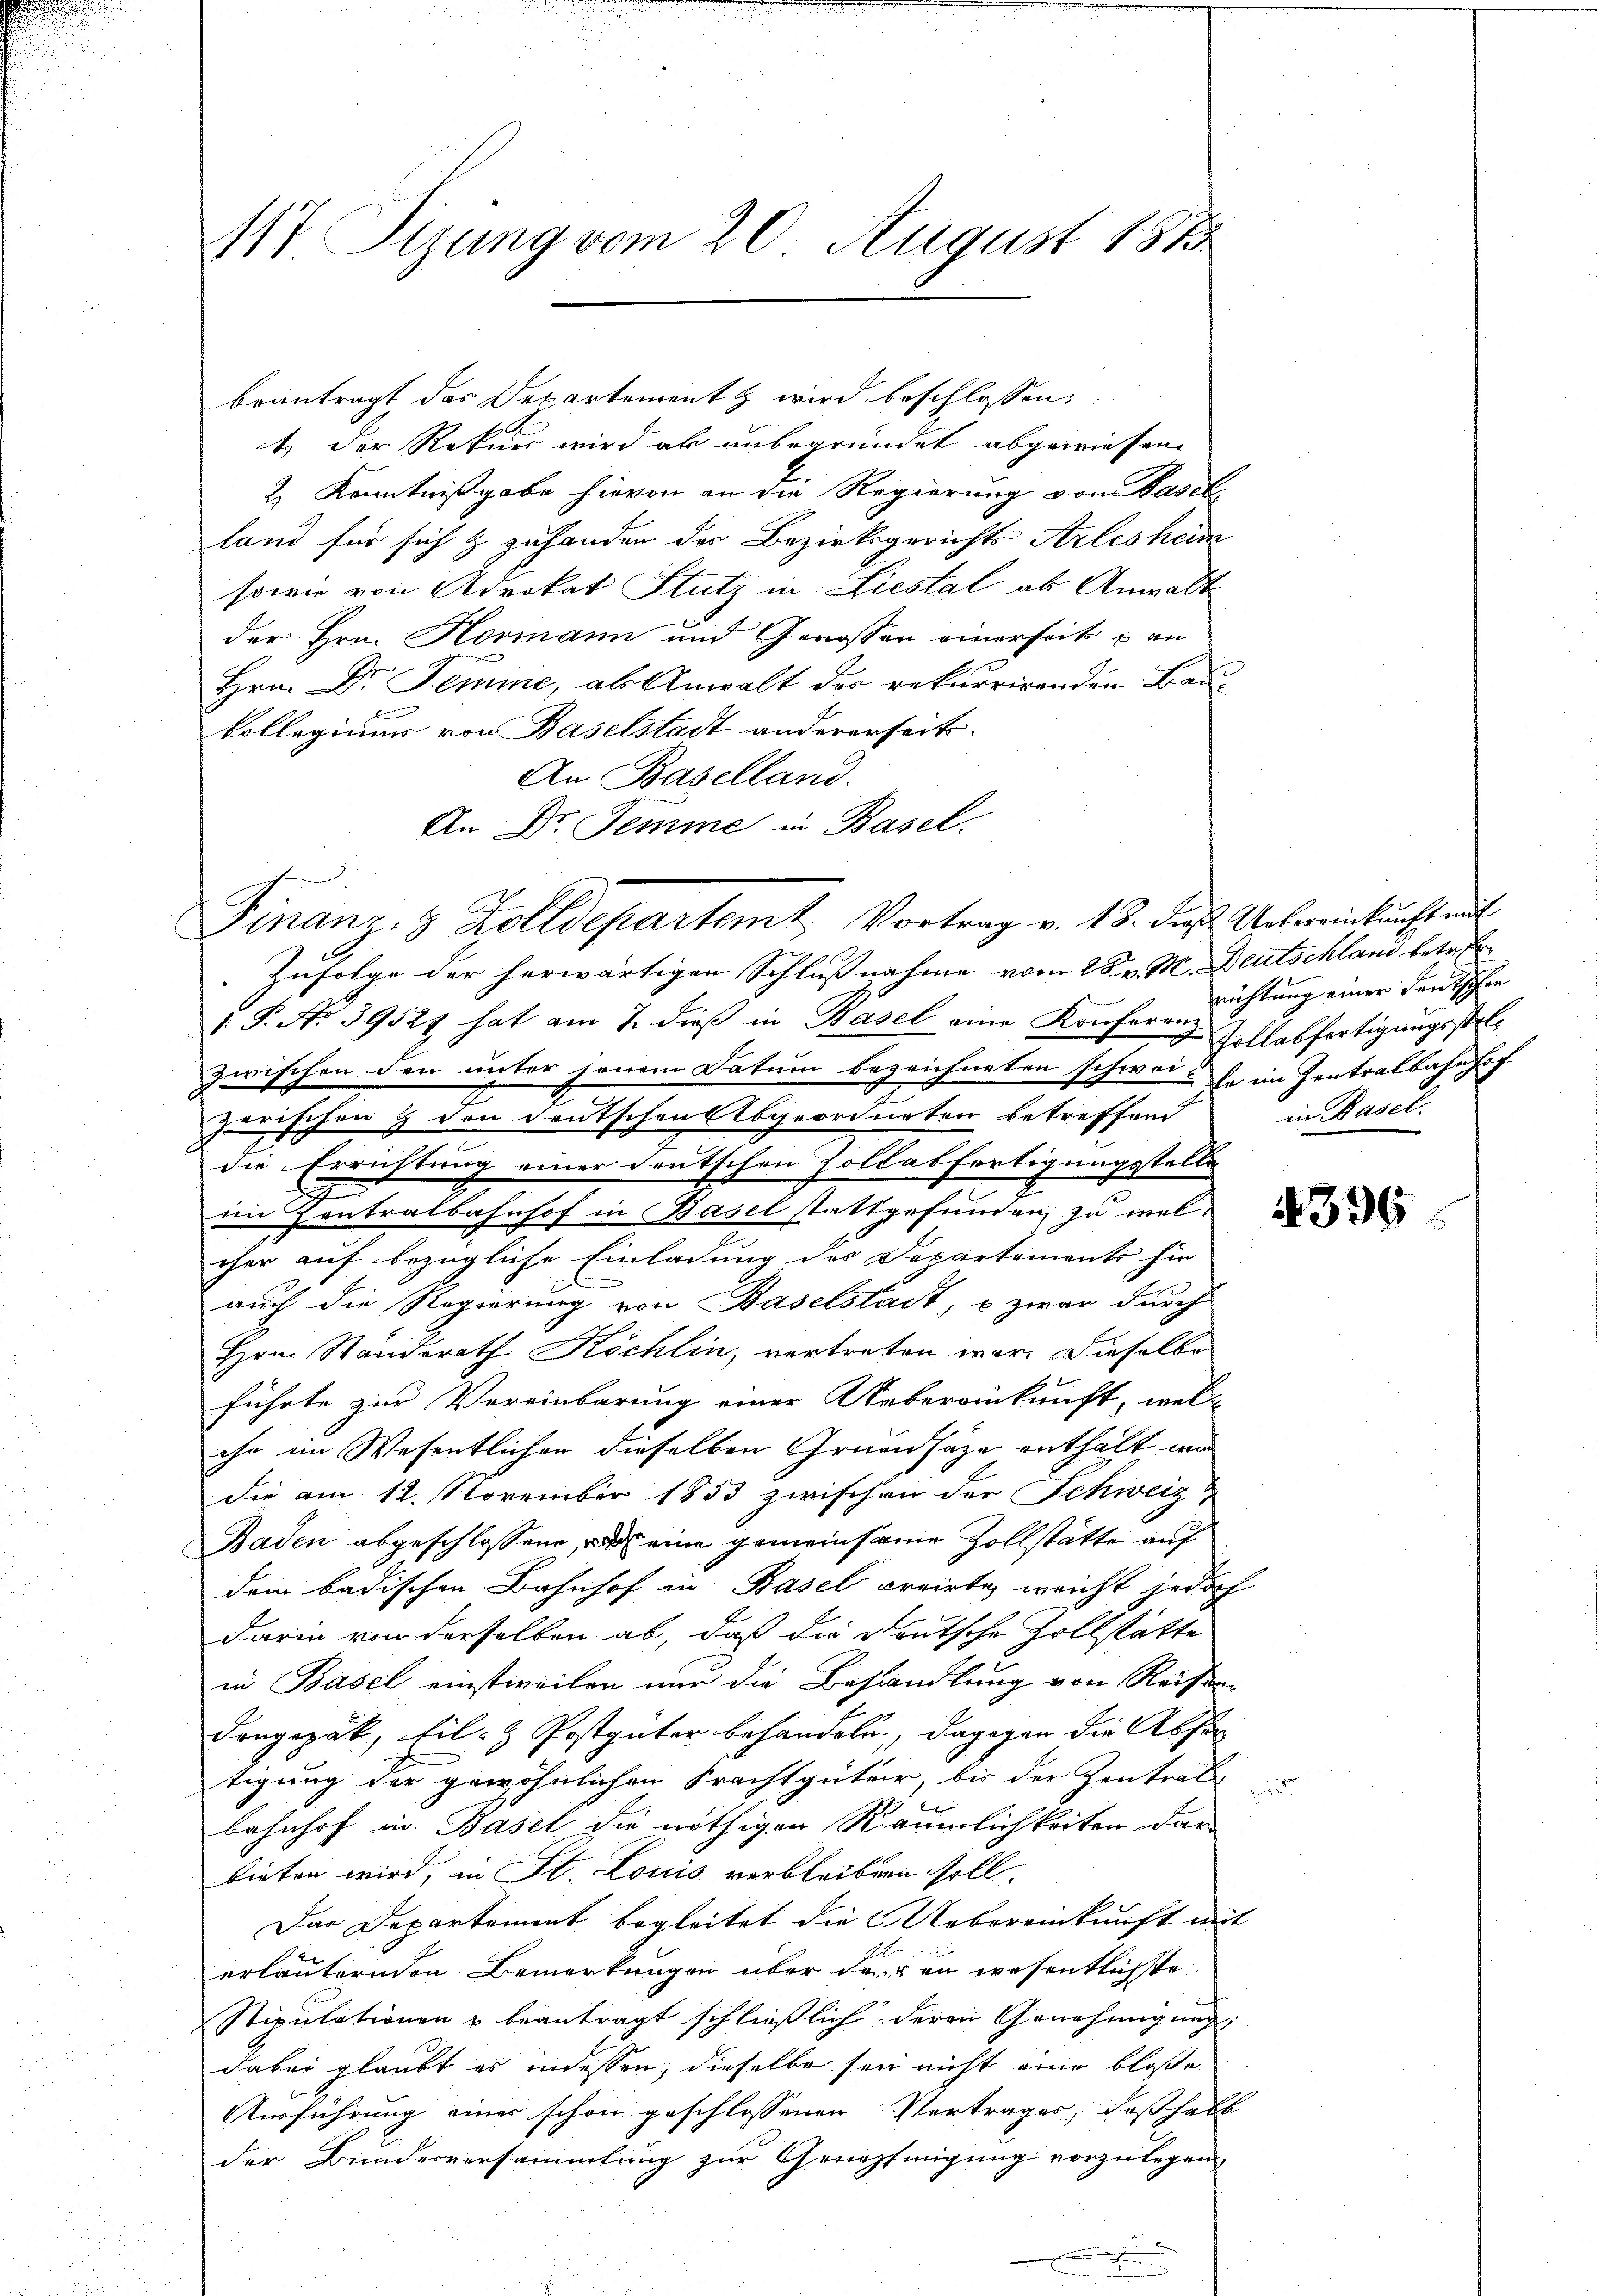
117 Sizung vom 20. August 1873.

beantragt das Departementz wird beschlossen:
1.) Der Rekurs wird ab unbegründet abgewiesen.
2) Kenntnißgabe hievon an die Regierung vom Vasel
land für sich & zuhanden der Bezirksgerichts Arleshem
sowie von Advokat Stutz in Liestal ab Anwalt
der Hrn. Hermann und Genossen einerseit an
Hrn. Dr. Semme, als Anwalt der rekurrirenden Baukollegiums von Baselstadt andererseits.
An Baselland.
An Dr. Semme in Basel.
Zufolge der herwärtigen Schlußnahme vom 25. v. M. Deutschland betret¬
.P. Nr. 39521 hat am 7. dieß in Basel eine Konferenz
zwischen den unter jenem Datum bezeichneten schweise im Zentralbahnhof
zerischen 9 den deutschen Abgeordneten betreffend
die Errichtung einer deutschen Zollabfertigungsstelle
im Zentralbahnhof in Basel stattgefunden, zu welcher auf bezügliche Einladung des Departements hie
auch die Regierung von Baselstadt, u zwar durch
Hrn. Standerath Köchlin, vertreten war. Dieselbe
führte zur Vereinbarung einer Uebereinkunft, welc
ihr im Wesentlicher dieselben Gruensatze enthält und
die am 12. November 1853 zwischen der Schweiz
Baden abgeschlossene, was eine gemeinsame Zollstätte auf
dem badischen Bahnhof in Basel arrirte, weicht jedoch
darin von derselben ab, daß die Deutsche Zollstätte
in Basel einstweilen nur die Behandlung von Reise
Frngepak, Fil- & Postgüter behandeln, dagegen die Absor
tigung der gewöhnlichen Krachtguter, bis der Zentrat
e
Bahnhof in Basel die nöthigen Räumlichkeiten dar
bieten wird, in St. Louis verbleiben soll.
Das Departement begleitet die Uebereinkunft mit
erläuternden Bemerkungen über den an wesentlichste
Stipulationen & beantragt schließlich deren Genehmigung,
dabei glaubt es indessen, dieselbe sei nicht eine bloße
Ausführung einer schon geschlossenen Vertrages, deßhalb
der Bunderversammlung zur Genehmigung vorzulegen.

Finanz- 3 Zolldepartemt Vortrag v. 13. die Arbereinkunftrit

richtung einer Deutschen
Pollabfertigungsstelin Basel.